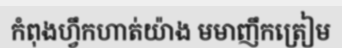
កំពុងហ្វឹកហាត់យ៉ាង មមាញឹកត្រៀម